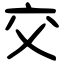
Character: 交